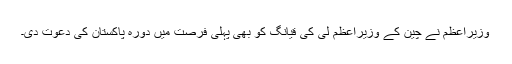
وزیراعظم نے چین کے وزیراعظم لی کی قیانگ کو بھی پہلی فرصت میں دورہ پاکستان کی دعوت دی۔